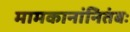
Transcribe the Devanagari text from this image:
मामकानांनितंबः